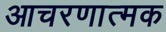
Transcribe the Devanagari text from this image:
आचरणात्मक